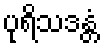
ပုရိသဒန္တံ